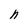
Character: h